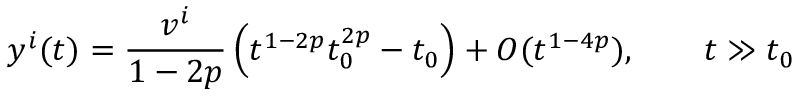
y ^ { i } ( t ) = \frac { v ^ { i } } { 1 - 2 p } \left( t ^ { 1 - 2 p } t _ { 0 } ^ { 2 p } - t _ { 0 } \right) + { \cal O } ( t ^ { 1 - 4 p } ) , \qquad t \gg t _ { 0 }